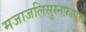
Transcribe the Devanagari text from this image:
मजाजलिसुस्नफ़ायस